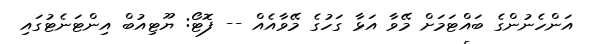
އަންހެނުންގެ ބައްޓަމަށް މޭވާ އަޅާ ގަހުގެ މޭވާއެއް -- ފޮޓޯ: ޔޫޓިއުބް އިންޓަނެޓުގައި